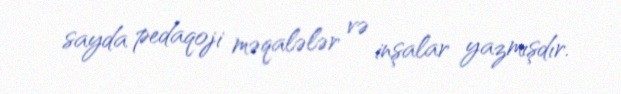
sayda pedaqoji məqalələr və inşalar yazmışdır.